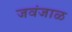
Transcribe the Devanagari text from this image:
जवंजाळ